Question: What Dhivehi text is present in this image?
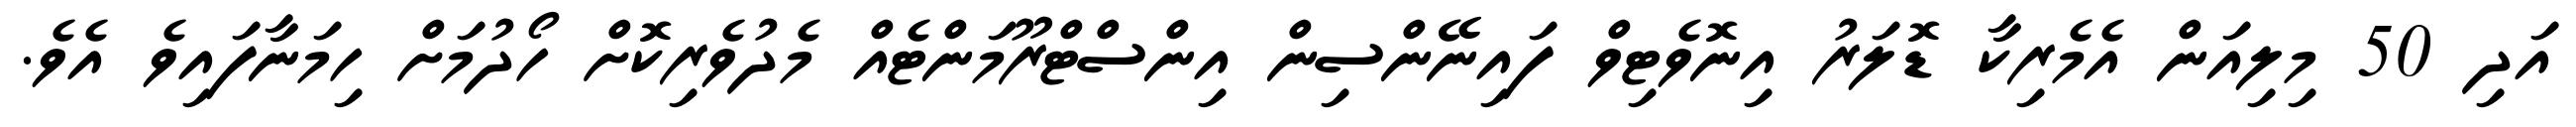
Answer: އަދި 50 މިލިއަން އެމެރިކާ ޑޮލަރު އިނޮވެޓިވް ފައިނޭންސިން އިންސްޓްރޫމަންޓެއް މެދުވެރިކޮށް ހޯދުމަށް ހިމަނާފައިވެ އެވެ.